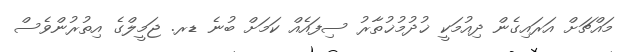
މައްޗަށް އަރައިގެން ދިއުމަކީ ޚުދުމުޚުތާރު ސިފައެއް ކަމަށް ބުނެ ޑރ. ޖަމީލްގެ އިތުރުންވެސް